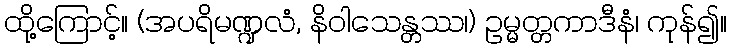
ထို့ကြောင့်။ (အပရိမဏ္ဍလံ, နိဝါသေန္တဿ၊) ဥမ္မတ္တကာဒီနံ၊ ကုန်၍။